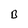
Character: B